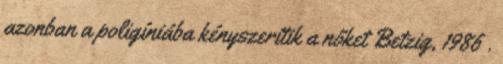
azonban a poligíniába kényszerítik a nőket Betzig, 1986 .